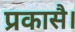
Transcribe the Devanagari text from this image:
प्रकासै।